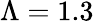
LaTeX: \Lambda=1.3